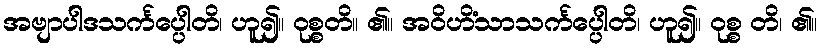
အဗျာပါဒသင်္ကပ္ပေါတိ၊ ဟူ၍။ ဝုစ္စတိ။ ၏။ အဝိဟိံသာသင်္ကပ္ပေါတိ၊ ဟူ၍။ ဝုစ္စ တိ၊ ၏။